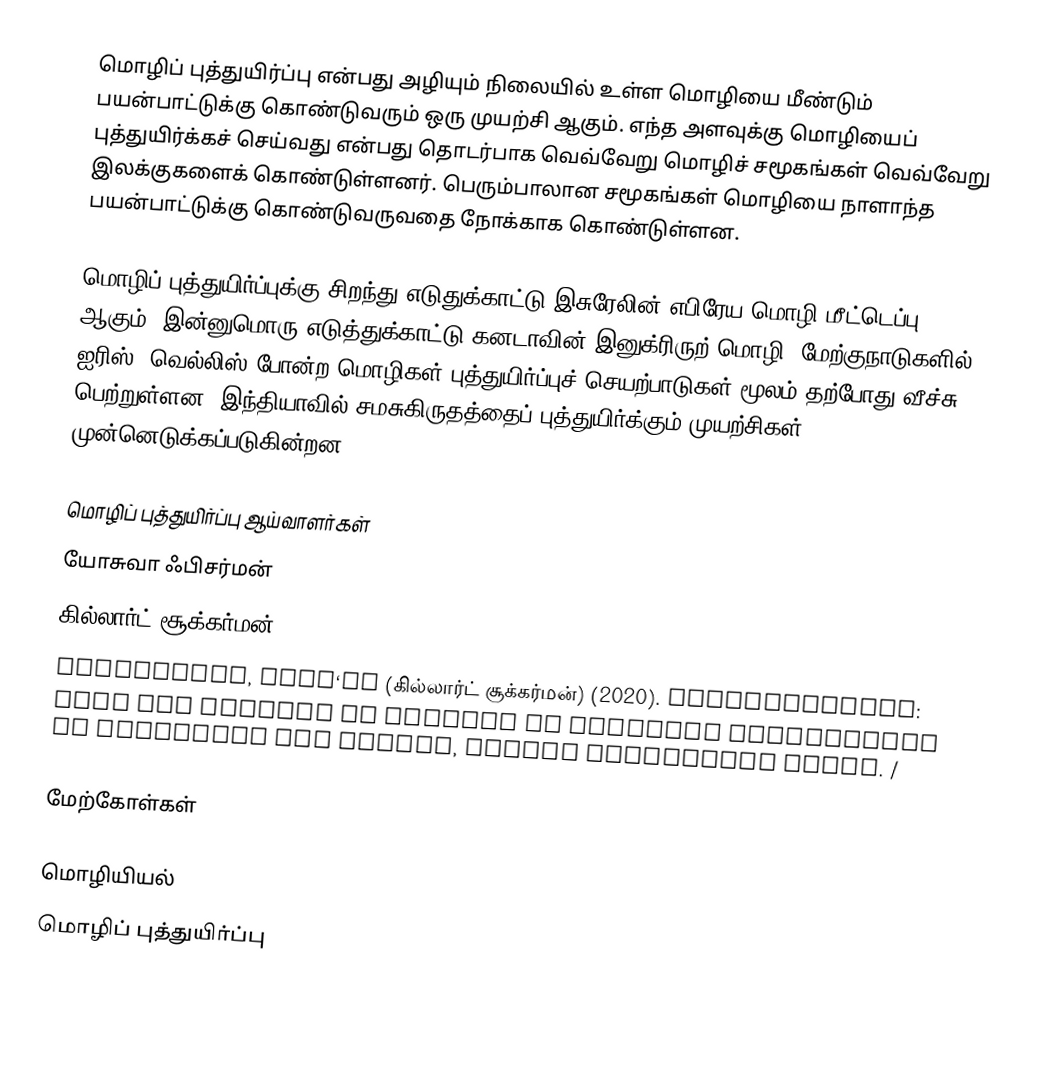
மொழிப் புத்துயிர்ப்பு என்பது அழியும் நிலையில் உள்ள மொழியை மீண்டும் பயன்பாட்டுக்கு கொண்டுவரும் ஒரு முயற்சி ஆகும். எந்த அளவுக்கு மொழியைப் புத்துயிர்க்கச் செய்வது என்பது தொடர்பாக வெவ்வேறு மொழிச் சமூகங்கள் வெவ்வேறு இலக்குகளைக் கொண்டுள்ளனர். பெரும்பாலான சமூகங்கள் மொழியை நாளாந்த பயன்பாட்டுக்கு கொண்டுவருவதை நோக்காக கொண்டுள்ளன.

மொழிப் புத்துயிர்ப்புக்கு சிறந்து எடுதுக்காட்டு இசுரேலின் எபிரேய மொழி மீட்டெப்பு ஆகும். இன்னுமொரு எடுத்துக்காட்டு கனடாவின் இனுக்ரிருற் மொழி. மேற்குநாடுகளில் ஐரிஸ், வெல்லிஸ் போன்ற மொழிகள் புத்துயிர்ப்புச் செயற்பாடுகள் மூலம் தற்போது வீச்சு பெற்றுள்ளன. இந்தியாவில் சமசுகிருதத்தைப் புத்துயிர்க்கும் முயற்சிகள் முன்னெடுக்கப்படுகின்றன.

மொழிப் புத்துயிர்ப்பு ஆய்வாளர்கள்
 யோசுவா ஃபிசர்மன்
 கில்லார்ட் சூக்கர்மன்
 Zuckermann, Ghil‘ad (கில்லார்ட் சூக்கர்மன்) (2020). Revivalistics: From the Genesis of Israeli to Language Reclamation in Australia and Beyond, Oxford University Press.  /

மேற்கோள்கள்

மொழியியல்
மொழிப் புத்துயிர்ப்பு